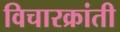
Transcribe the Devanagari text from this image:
विचारक्रांती